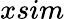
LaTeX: xsim